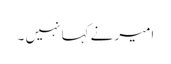
امیر نے کہا نہیں ۔